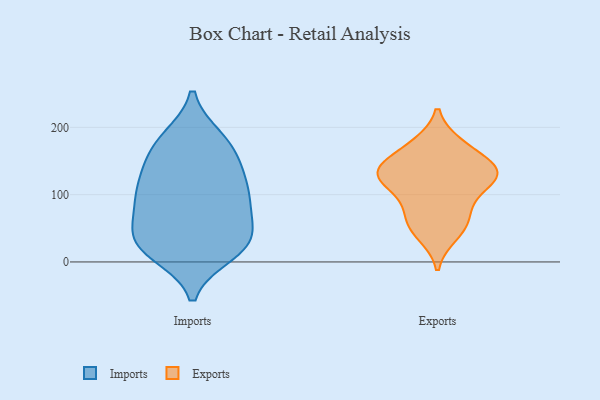
{"axis": {"x": "Net Income (USD K)", "y": "Value"}, "legend": ["Exports", "Imports"], "data": [{"x": "", "y": 142, "type": "Imports"}, {"x": "", "y": 103, "type": "Imports"}, {"x": "", "y": 25, "type": "Imports"}, {"x": "", "y": 29, "type": "Imports"}, {"x": "", "y": 31, "type": "Imports"}, {"x": "", "y": 17, "type": "Imports"}, {"x": "", "y": 12, "type": "Imports"}, {"x": "", "y": 184, "type": "Imports"}, {"x": "", "y": 98, "type": "Imports"}, {"x": "", "y": 55, "type": "Imports"}, {"x": "", "y": 181, "type": "Imports"}, {"x": "", "y": 153, "type": "Imports"}, {"x": "", "y": 105, "type": "Imports"}, {"x": "", "y": 176, "type": "Imports"}, {"x": "", "y": 73, "type": "Imports"}, {"x": "", "y": 133, "type": "Imports"}, {"x": "", "y": 28, "type": "Imports"}, {"x": "", "y": 69, "type": "Imports"}, {"x": "", "y": 104, "type": "Imports"}, {"x": "", "y": 40, "type": "Exports"}, {"x": "", "y": 152, "type": "Exports"}, {"x": "", "y": 124, "type": "Exports"}, {"x": "", "y": 116, "type": "Exports"}, {"x": "", "y": 130, "type": "Exports"}, {"x": "", "y": 127, "type": "Exports"}, {"x": "", "y": 52, "type": "Exports"}, {"x": "", "y": 59, "type": "Exports"}, {"x": "", "y": 139, "type": "Exports"}, {"x": "", "y": 174, "type": "Exports"}, {"x": "", "y": 77, "type": "Exports"}, {"x": "", "y": 137, "type": "Exports"}, {"x": "", "y": 89, "type": "Exports"}, {"x": "", "y": 130, "type": "Exports"}, {"x": "", "y": 175, "type": "Exports"}]}